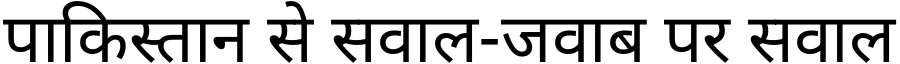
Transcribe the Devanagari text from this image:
पाकिस्तान से सवाल-जवाब पर सवाल